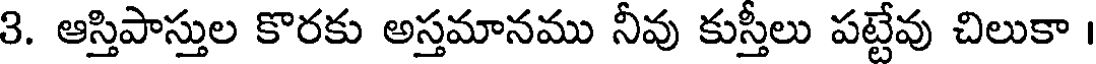
3. ఆస్తిపాస్తుల కొరకు అస్తమానము నీవు కుస్తీలు పట్టేవు చిలుకా